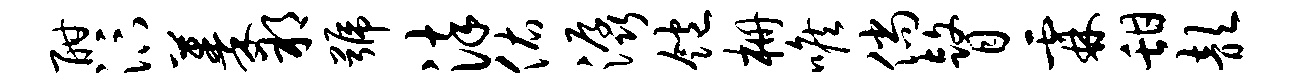
酣汴蓁朔号染佑潺饱栅喉倘瞽霖甜歆